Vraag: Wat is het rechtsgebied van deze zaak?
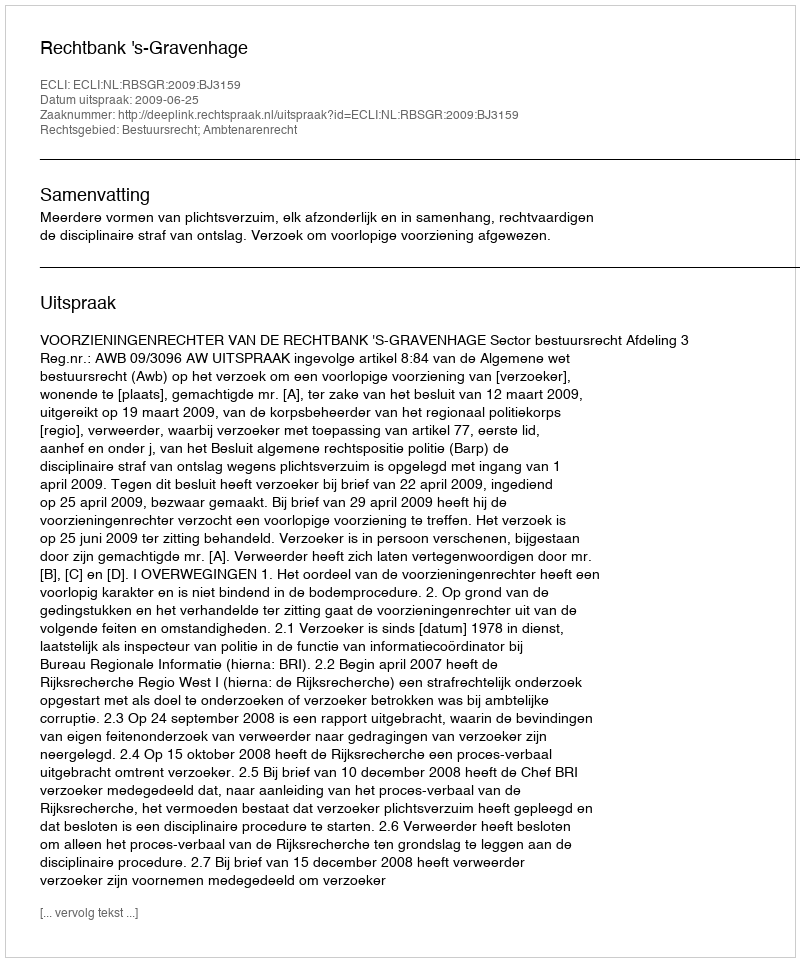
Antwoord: Bestuursrecht; Ambtenarenrecht